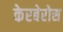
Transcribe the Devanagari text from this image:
केरबेरोस